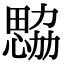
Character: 𢣢